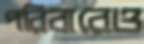
পরিবারেও